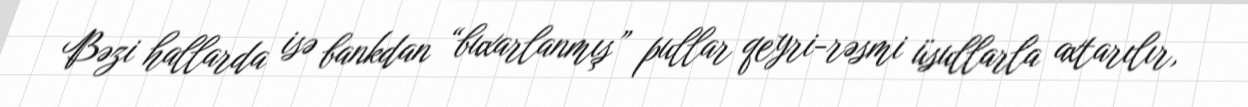
Bəzi hallarda isə bankdan “buxarlanmış” pullar qeyri-rəsmi üsullarla axtarılır,